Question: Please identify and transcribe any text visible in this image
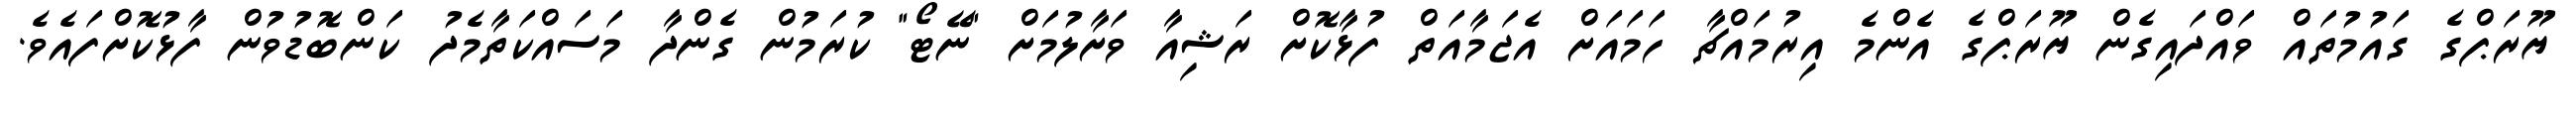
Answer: ޔޫރަޕްގެ ގައުމުތައް ވައްދައިގެން ޔޫރަޕްގެ އެންމެ އިރުމައްޗާ ހަމައަށް އެޖަމާއަތް ފުޅާކޮށް ރަޝިއާ ވަށާލުމަށް "ނޭޓޯ" ކުރަމުން ގެންދާ މަސައްކަތާމެދު ކަންބޮޑުވުން ފާޅުކޮށްފައެވެ.